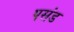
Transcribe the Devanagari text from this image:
पसंड